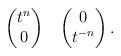
LaTeX: \begin{align*}\begin{pmatrix}t^n \\0\end{pmatrix}~~\begin{pmatrix}0 \\t^{-n}\end{pmatrix}. \end{align*}